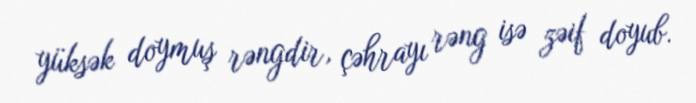
yüksək doymuş rəngdir, çəhrayı rəng isə zəif doyub.